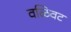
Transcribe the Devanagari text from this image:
वळिवट